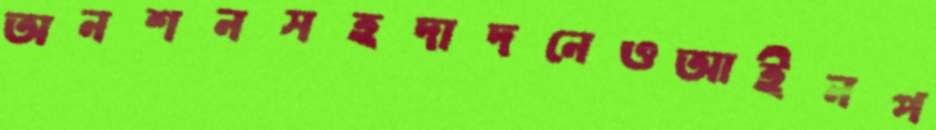
অনশনসহদাদনেওআইনপ